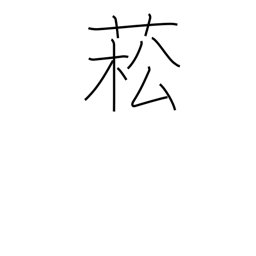
Meaning: type of rape plant